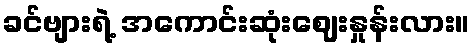
ခင်ဗျားရဲ့ အကောင်းဆုံးဈေးနှုန်းလား။